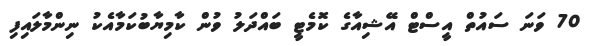
70 ވަނަ ސައުތް އީސްޓް އޭޝިއާގެ ކޮމެޓީ ބައްދަލު ވުން ކާމިޔާބުކަމާއެކު ނިންމާލައިފި